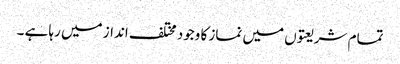
تمام شریعتوں میں نماز کا وجود مختلف انداز میں رہا ہے ۔